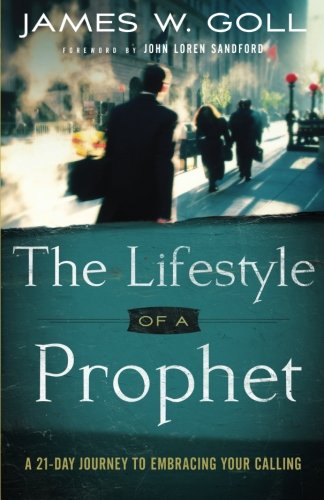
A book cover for The Lifestyle of a Prophet: A 21-Day Journey to Embracing Your Calling; James W. Goll; Christian Books & Bibles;